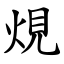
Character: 䙺